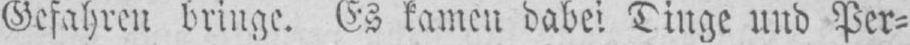
Gefahren bringe. Es kamen dabei Dinge und Per⸗